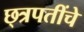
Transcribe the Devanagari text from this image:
छ्त्रपतींचे